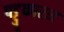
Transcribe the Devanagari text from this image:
पट्टुकारन